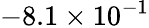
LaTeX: -8.1\times 10^{-1}